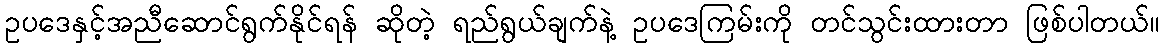
ဥပဒေနှင့်အညီဆောင်ရွက်နိုင်ရန် ဆိုတဲ့ ရည်ရွယ်ချက်နဲ့ ဥပဒေကြမ်းကို တင်သွင်းထားတာ ဖြစ်ပါတယ်။